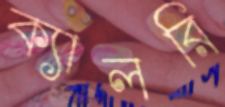
ক্যালরি